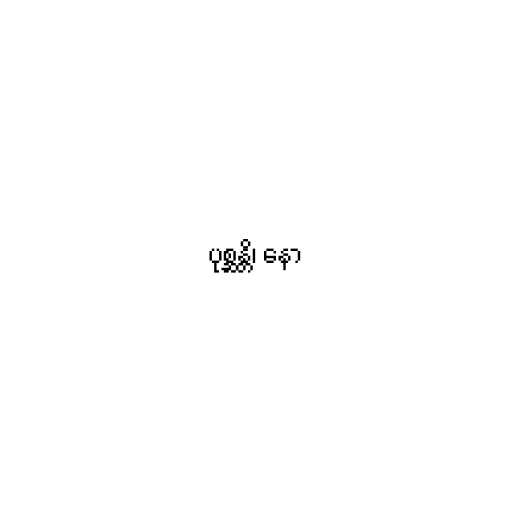
ပုစ္ဆန္တိ၊ နော